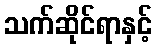
သက်ဆိုင်ရာနှင့်